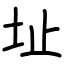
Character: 址